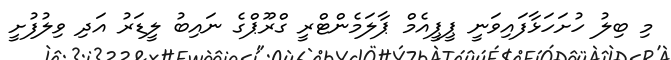
މި ބިލު ހުށަހަޅާފައިވަނީ ޕީޕީއެމް ޕާލަމެންޓްރީ ގްރޫޕްގެ ނައިބު ލީޑަރު އަދި ވިލުފުށީ